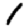
Digit: 1